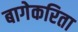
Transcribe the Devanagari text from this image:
बागेकरिता